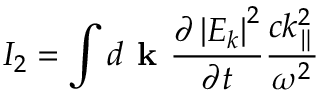
I _ { 2 } = \int d \textbf { k } \frac { \partial \left| E _ { k } \right| ^ { 2 } } { \partial t } \frac { c k _ { \parallel } ^ { 2 } } { \omega ^ { 2 } }